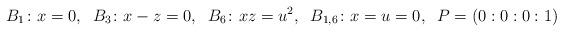
LaTeX: \begin{align*}B_1\colon x=0,\;\; B_3\colon x-z=0,\;\; B_6\colon xz=u^2,\;\; B_{1,6}\colon x=u=0,\;\; P=(0:0:0:1) \end{align*}